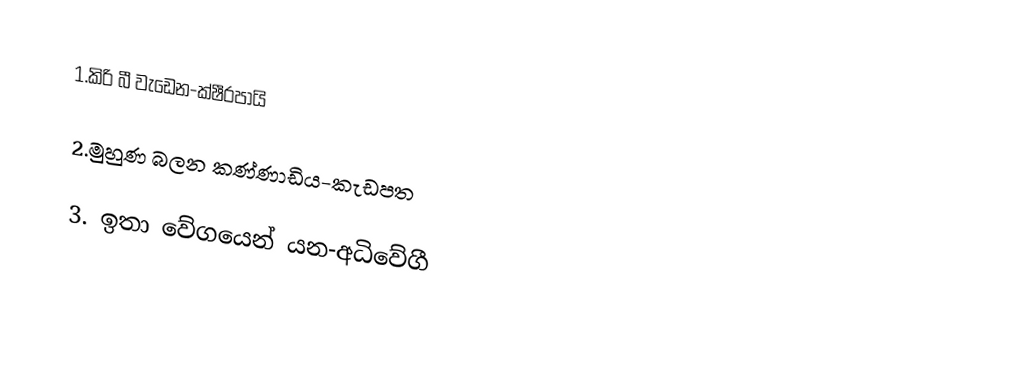
1.කිරි බී වැඩෙන-ක්ෂීරපායි

2.මුහුණ බලන කණ්ණාඩිය-කැඩපත

3. ඉතා වේගයෙන් යන-අධිවේගී